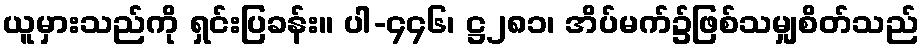
ယူမှားသည်ကို ရှင်းပြခန်း။ ပါ-၄၄၆၊ ဋ္ဌ၂၈၁၊ အိပ်မက်၌ဖြစ်သမျှစိတ်သည်